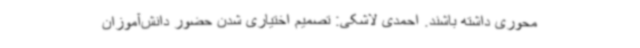
محوری داشته باشند. احمدی لاشکی: تصمیم اختیاری شدن حضور دانش‌آموزان